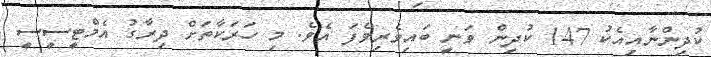
ކުދިންނާއިއެކު 147 ކުދިން ވަނީ ބައިވެރިވެފަ އެެވެ. މި ހަރަކާތަށް ދިރާގު އެމްޓީސީސީ